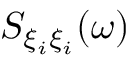
S _ { \xi _ { i } \xi _ { i } } ( \omega )